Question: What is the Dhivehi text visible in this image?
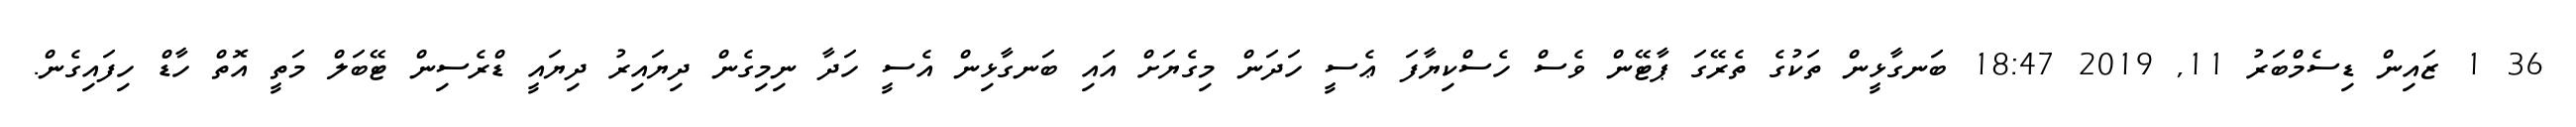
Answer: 36 1 ޒައިން ޑިސެމްބަރު 11, 2019 18:47 ބަނގާޅީން ތަކުގެ ތެރޭގަ ޕާޓޭން ވެސް ހެސްކިޔާފަ ޢެސީ ހަދަން މިގެޔަށް އައި ބަނގާޅިން އެސީ ހަދާ ނިމިގެން ދިޔައިރު ދިޔައީ ޑްރެސިން ޓޭބަލް މަތީ އޮތް ހާޑް ހިފައިގެން.